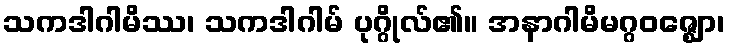
သကဒါဂါမိဿ၊ သကဒါဂါမ် ပုဂ္ဂိုလ်၏။ အနာဂါမိမဂ္ဂဝဇ္ဈော၊